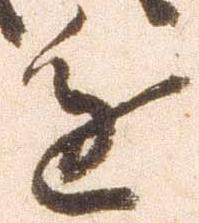
進